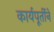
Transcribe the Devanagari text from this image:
कार्यपूर्तीने